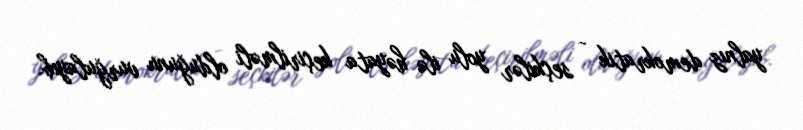
yalnız demokratik - seçkilər yolu ilə həyata keçirilməli olduğunu vurğulayıb.